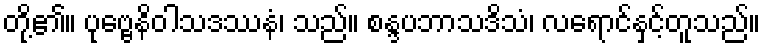
တို့၏။ ပုဗ္ဗေနိဝါသဒဿနံ၊ သည်။ စန္ဒပဘာသဒိသံ၊ လရောင်နှင့်တူသည်။